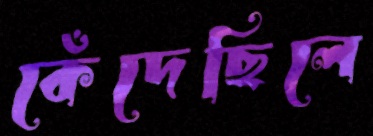
কেঁদেছিলে